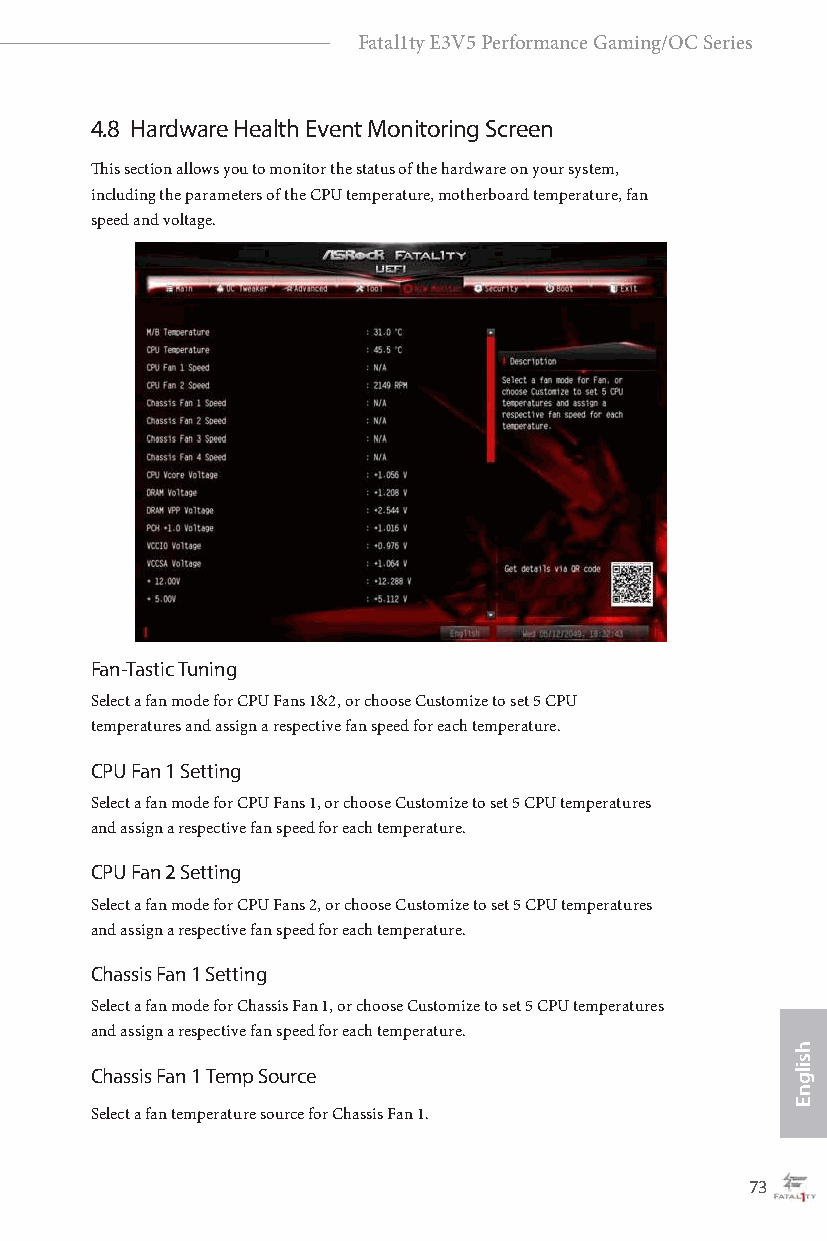
Fatal1ty E3V5 Performance Gaming/OC Series
 4.8 Hardware Health Event Monitoring Screen
 This section allows you to monitor the status of the hardware on your system,
 including the parameters of the CPU temperature, motherboard temperature, fan
 speed and voltage.
 Fan-Tastic Tuning
 Select a fan mode for CPU Fans 1&2, or choose Customize to set 5 CPU
 temperatures and assign a respective fan speed for each temperature.
 CPU Fan 1 Setting
 Select a fan mode for CPU Fans 1, or choose Customize to set 5 CPU temperatures
 and assign a respective fan speed for each temperature.
 CPU Fan 2 Setting
 Select a fan mode for CPU Fans 2, or choose Customize to set 5 CPU temperatures
 and assign a respective fan speed for each temperature.
 Chassis Fan 1 Setting
 Select a fan mode for Chassis Fan 1, or choose Customize to set 5 CPU temperatures
 and assign a respective fan speed for each temperature.
 Chassis Fan 1 Temp Source
 Select a fan temperature source for Chassis Fan 1.
 72                                                73
 hsilgnE